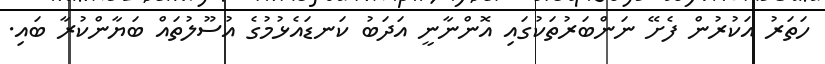
ހަތަރު އަކުރުން ފެށޭ ނަންބަރުތަކުގައި އޮންނާނީ އަދަބު ކަނޑައެޅުމުގެ އުސޫލުތައް ބަޔާންކުރާ ބައި.